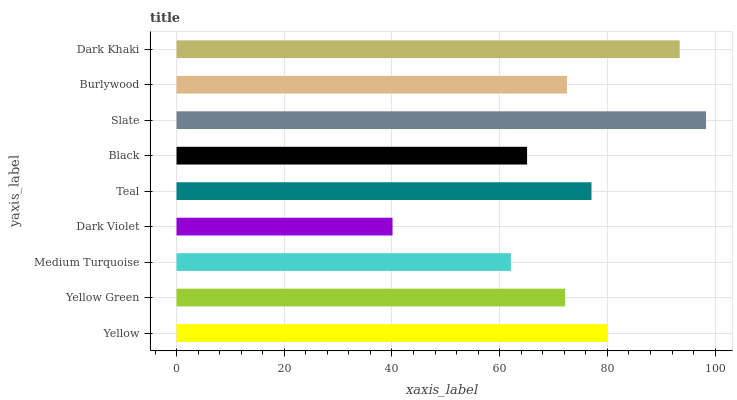
| yaxis_label | bars |
 | --- | --- |
 | Yellow | 80.1 |
 | Yellow Green | 72.1 |
 | Medium Turquoise | 62.1 |
 | Dark Violet | 40.1 |
 | Teal | 77 |
 | Black | 65.1 |
 | Slate | 98.3 |
 | Burlywood | 72.5 |
 | Dark Khaki | 93.4 |